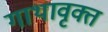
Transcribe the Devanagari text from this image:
गाथावृक्त